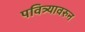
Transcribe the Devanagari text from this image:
पवित्र्यावरुन